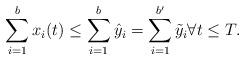
LaTeX: \begin{align*} \sum_{i=1}^b x_i(t) \leq \sum_{i=1}^b\hat{y}_i = \sum_{i=1}^{b'}\tilde{y}_i\forall t\leq T. \end{align*}